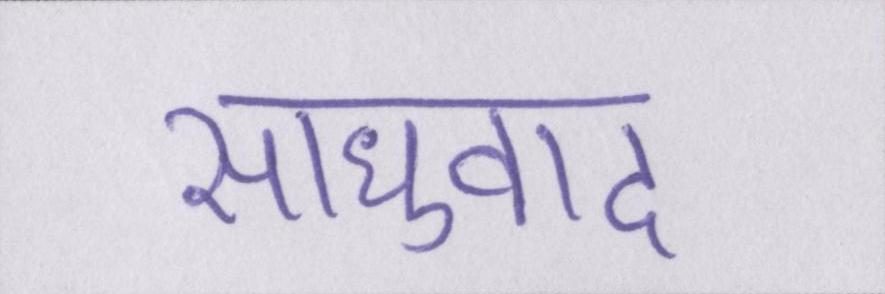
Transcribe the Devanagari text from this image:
साधुवाद